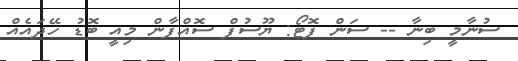
ސުނާމީ ބިނާ -- ސަން ފޮޓޯ: ޔޫސުފް ސޮއްފާން މިއީ ބޮޑު ހޭދައެއް